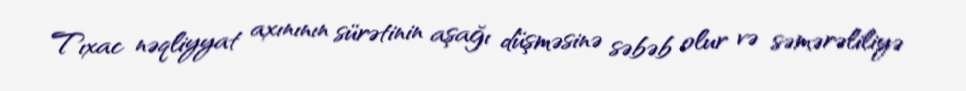
Tıxac nəqliyyat axınının sürətinin aşağı düşməsinə səbəb olur və səmərəliliyə